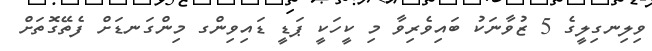
ވިލިނގިލީގެ 5 ޒުވާނަކު ބައިވެރިވާ މި ކީހަކީ ޕަޑީ ޑައިވިންގ މިންގަނޑަށް ފެތޭގޮތަށް